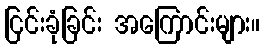
ငြင်းခုံခြင်း အကြောင်းများ။